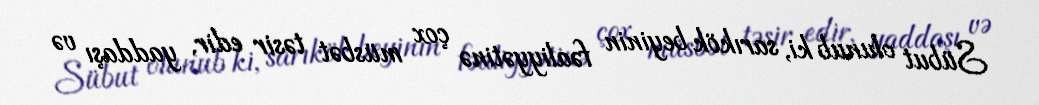
Sübut olunub ki, sarıkök beyinin fəaliyyətinə çox müsbət təsir edir, yaddaşı və